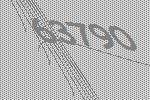
63790